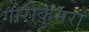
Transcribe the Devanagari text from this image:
गौरीकुमरा